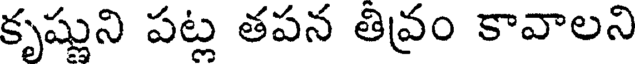
కృష్ణుని పట్ల తపన తివ్రం కావాలని